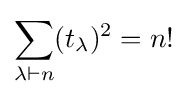
\sum _{\lambda \vdash n}(t_{\lambda })^{2}=n!